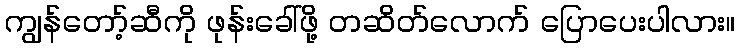
ကျွန်တော့်ဆီကို ဖုန်းခေါ်ဖို့ တဆိတ်လောက် ပြောပေးပါလား။